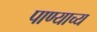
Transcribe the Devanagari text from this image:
पाण्याच्य